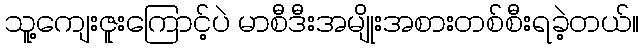
သူ့ကျေးဇူးကြောင့်ပဲ မာစီဒီးအမျိုးအစားတစ်စီးရခဲ့တယ်။